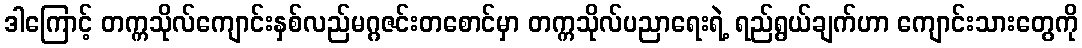
ဒါကြောင့် တက္ကသိုလ်ကျောင်းနှစ်လည်မဂ္ဂဇင်းတစောင်မှာ တက္ကသိုလ်ပညာရေးရဲ့ ရည်ရွယ်ချက်ဟာ ကျောင်းသားတွေကို